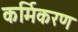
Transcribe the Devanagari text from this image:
कर्मिकरण